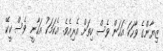
ޒިޔާންގެ ވާހަކަ އަހަން ވެސް ހިތަށް އެރިއެވެ. އެކަމަކު އަހާނީ ވެސް ކީކޭ